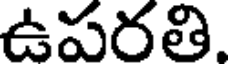
ఉపరతి.